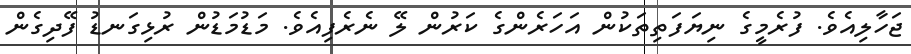
ޖަހާލިއެވެ. ފުރެމީގެ ނިޔަފަތިތަކުން އަހަރެންގެ ކަރުން ލޭ ނެރެފިއެވެ. މަޑުމަޑުން ރުޅިގަނޑު ފޭދިގެން